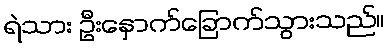
ရဲသား ဦးနှောက်ခြောက်သွားသည်။